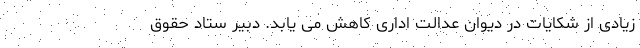
زیادی از شکایات در دیوان عدالت اداری کاهش می یابد. دبیر ستاد حقوق